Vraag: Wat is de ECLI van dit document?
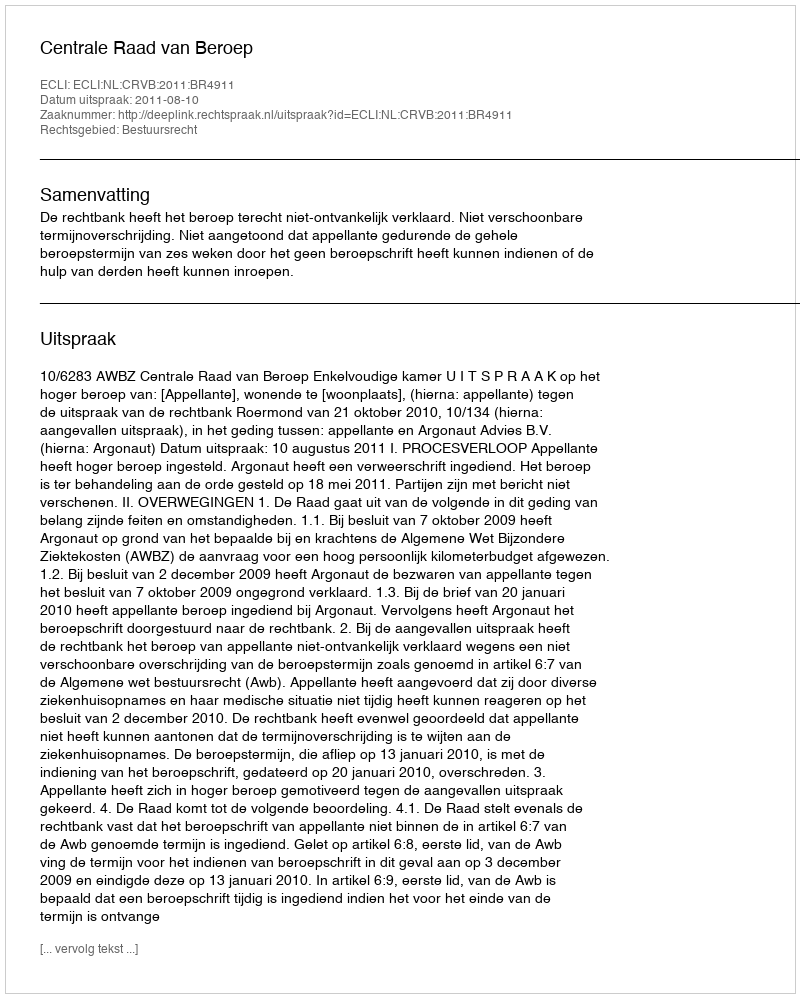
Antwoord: ECLI:NL:CRVB:2011:BR4911